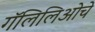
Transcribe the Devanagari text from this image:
गॅलिलिओचे